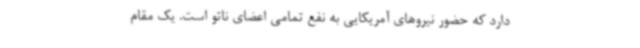
دارد که حضور نیروهای آمریکایی به نفع تمامی اعضای ناتو است. یک مقام